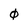
Character: 0